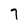
Character: 7